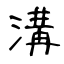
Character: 溝